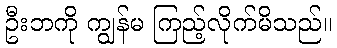
ဦးဘကို ကျွန်မ ကြည့်လိုက်မိသည်။